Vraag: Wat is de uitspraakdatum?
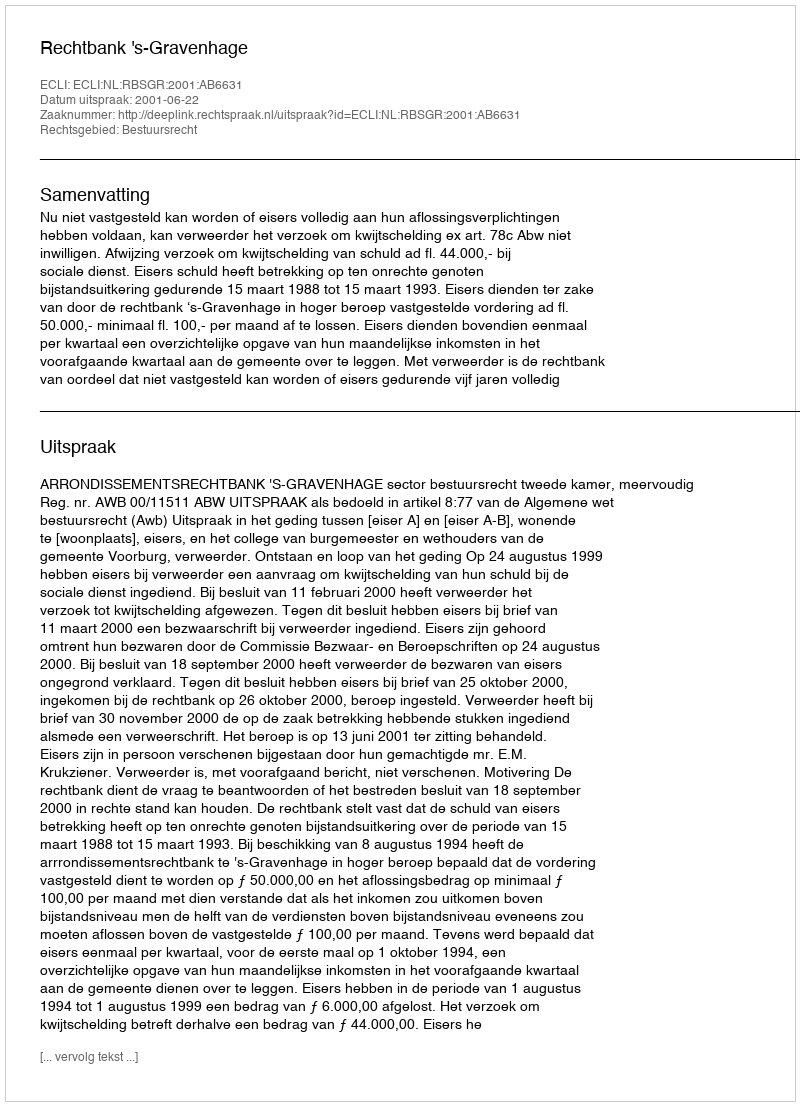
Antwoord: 2001-06-22